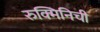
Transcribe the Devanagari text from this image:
रुक्मिनिची